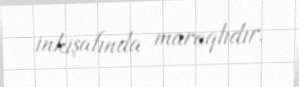
inkişafında maraqlıdır.